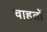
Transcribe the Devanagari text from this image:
चाहतों